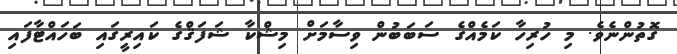
ގޮތުންނެވެ. މި ހުރިހާ ކަމެއްގެ ސަބަބުން ވިސާމަށް މިޝްކާ ޝަފަޤްގެ ކައިރީގައި ބަހައްޓާފައި